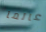
عالما